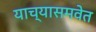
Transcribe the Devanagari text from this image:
याच्यासमवेत